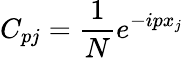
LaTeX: C_{pj}=\frac{1}{N}e^{-ipx_{j}}